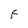
Character: F